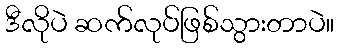
ဒီလိုပဲ ဆက်လုပ်ဖြစ်သွားတာပဲ။